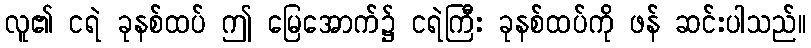
လူ၏ ငရဲ ခုနစ်ထပ် ဤ မြေအောက်၌ ငရဲကြီး ခုနစ်ထပ်ကို ဖန် ဆင်းပါသည်။